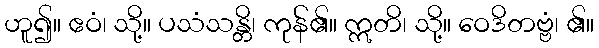
ဟူ၍။ ဧဝံ၊ သို့။ ပသံသန္တိ၊ ကုန်၏။ ဣတိ၊ သို့။ ဝေဒိတဗ္ဗံ၊ ၏။